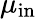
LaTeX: \mu_{\mathrm{in}}